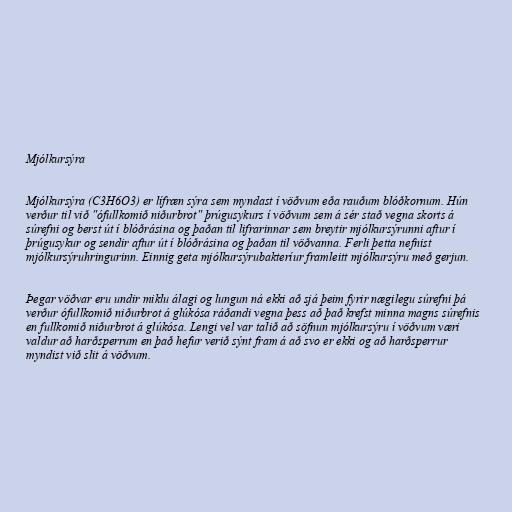
Mjólkursýra

Mjólkursýra (C3H6O3) er lífræn sýra sem myndast í vöðvum eða rauðum blóðkornum. Hún
verður til við "ófullkomið niðurbrot" þrúgusykurs í vöðvum sem á sér stað vegna skorts á
súrefni og berst út í blóðrásina og þaðan til lifrarinnar sem breytir mjólkursýrunni aftur í
þrúgusykur og sendir aftur út í blóðrásina og þaðan til vöðvanna. Ferli þetta nefnist
mjólkursýruhringurinn. Einnig geta mjólkursýrubakteríur framleitt mjólkursýru með gerjun.

Þegar vöðvar eru undir miklu álagi og lungun ná ekki að sjá þeim fyrir nægilegu súrefni þá
verður ófullkomið niðurbrot á glúkósa ráðandi vegna þess að það krefst minna magns súrefnis
en fullkomið niðurbrot á glúkósa. Lengi vel var talið að söfnun mjólkursýru í vöðvum væri
valdur að harðsperrum en það hefur verið sýnt fram á að svo er ekki og að harðsperrur
myndist við slit á vöðvum.